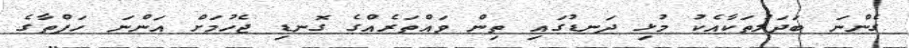
ގެންނަ ބަދަލުތަކާއެކު މުޅި ދަނޑުގައި ތިން ވައްތަރެއްގެ ގޮނޑި ޖެހުމަށް އަންނަ ހަފްތާގެ